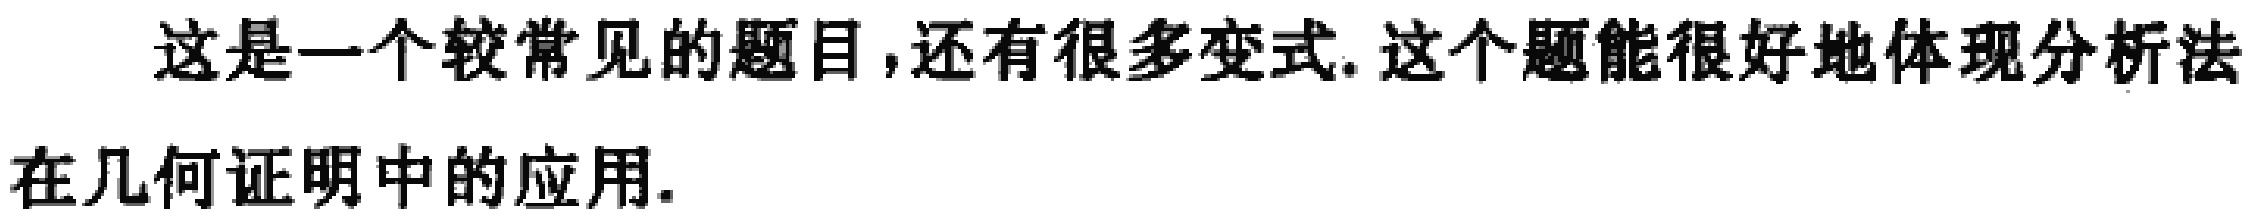
这是一个较常见的题目,还有很多变式.这个题能很好地体现分析法
在几何证明中的应用.